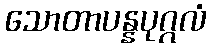
သောတာပန္နပုဂ္ဂလံ